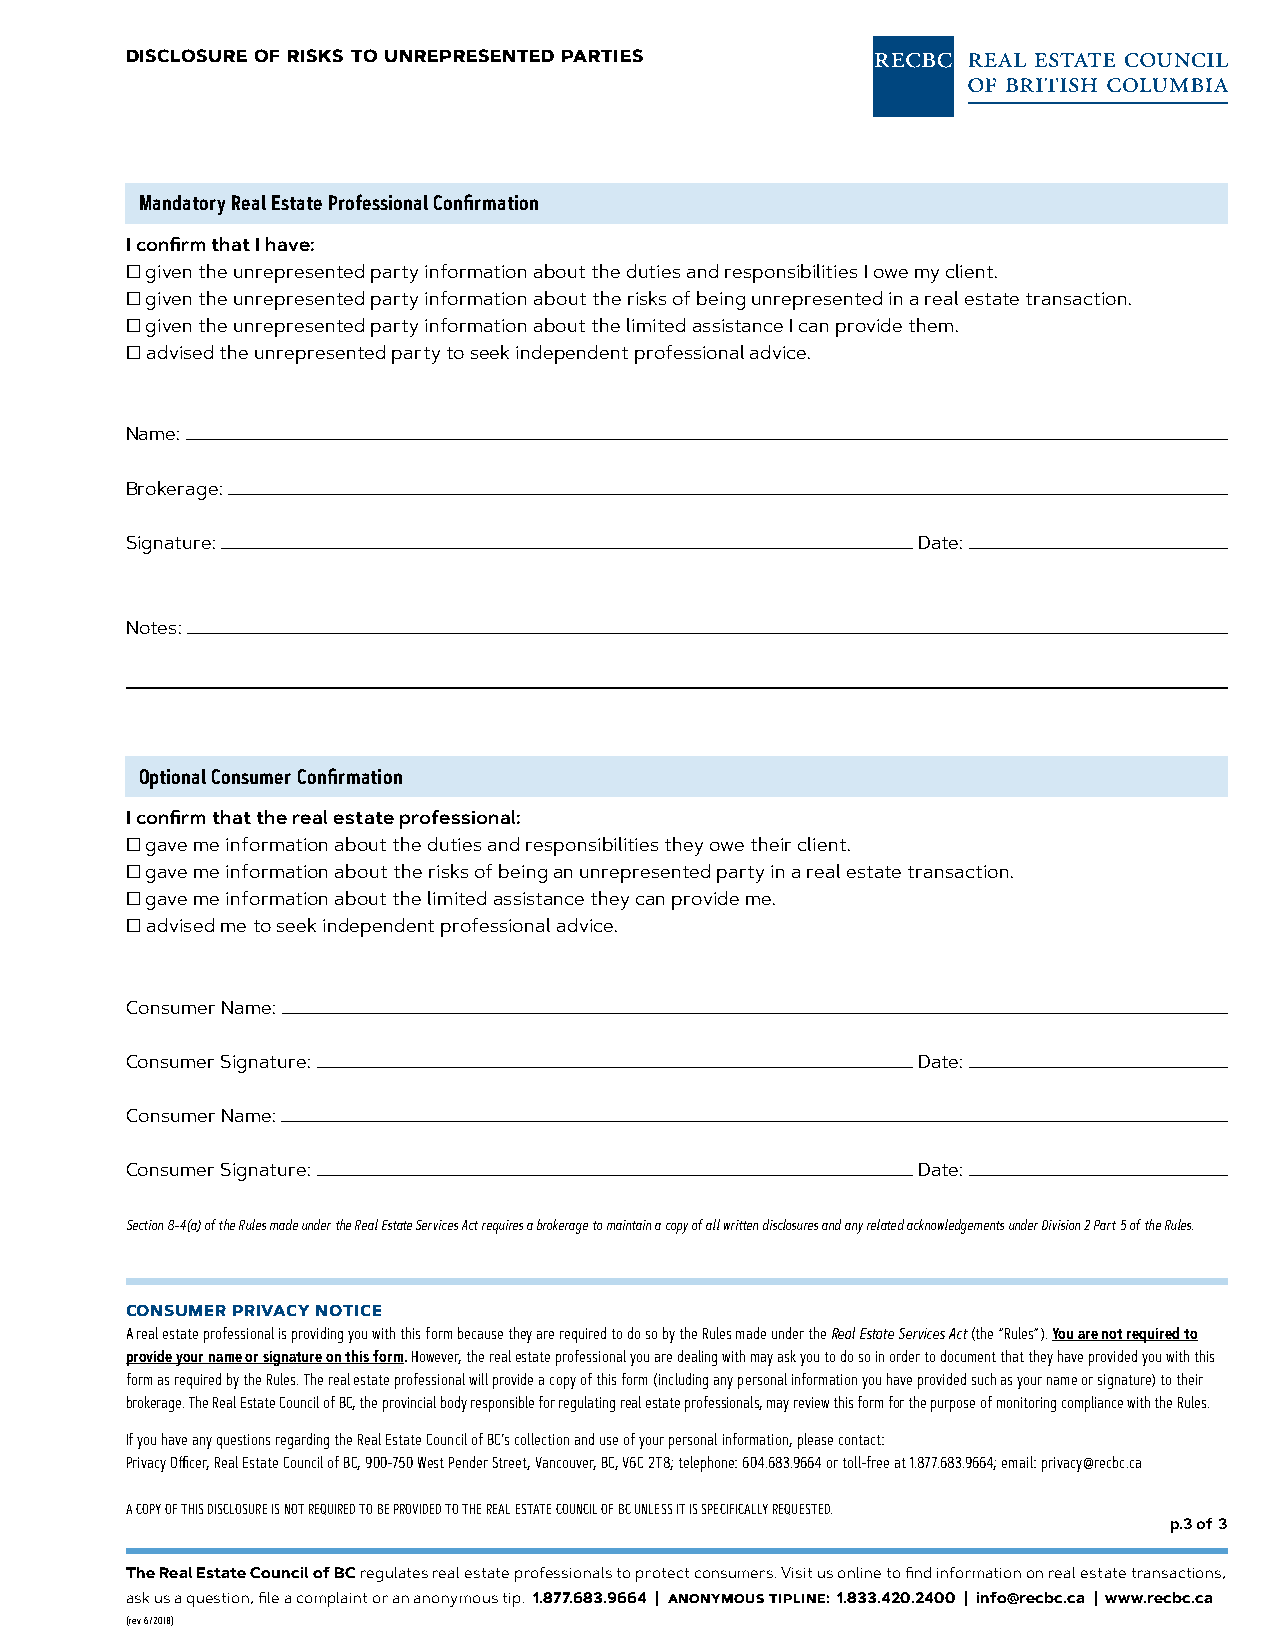
disclosure of risks to unrepresented parties
 Mandatory Real Estate Professional Confirmation
 I confirm that I have:
 □ given the unrepresented party information about the duties and responsibilities I owe my client.
 □ given the unrepresented party information about the risks of being unrepresented in a real estate transaction.
 □ given the unrepresented party information about the limited assistance I can provide them.
 □ advised the unrepresented party to seek independent professional advice.
 Name:
 Brokerage:
 Signature:                                           Date:
 Notes:
 Optional Consumer Confirmation
 I confirm that the real estate professional:
 □ gave me information about the duties and responsibilities they owe their client.
 □ gave me information about the risks of being an unrepresented party in a real estate transaction.
 □ gave me information about the limited assistance they can provide me.
 □ advised me to seek independent professional advice.
 Consumer Name:
 Consumer Signature:                                  Date:
 Consumer Name:
 Consumer Signature:                                  Date:
 Section 8-4(a) of the Rules made under the Real Estate Services Act requires a brokerage to maintain a copy of all written disclosures and any related acknowledgements under Division 2 Part 5 of the Rules.
 consumer privacy notice
 A real estate professional is providing you with this form because they are required to do so by the Rules made under the Real Estate Services Act (the “Rules”). You are not required to
 provide your name or signature on this form. However, the real estate professional you are dealing with may ask you to do so in order to document that they have provided you with this
 form as required by the Rules. The real estate professional will provide a copy of this form (including any personal information you have provided such as your name or signature) to their
 brokerage. The Real Estate Council of BC, the provincial body responsible for regulating real estate professionals, may review this form for the purpose of monitoring compliance with the Rules.
 If you have any questions regarding the Real Estate Council of BC’s collection and use of your personal information, please contact:
 Privacy Officer, Real Estate Council of BC, 900-750 West Pender Street, Vancouver, BC, V6C 2T8; telephone: 604.683.9664 or toll-free at 1.877.683.9664; email: privacy@recbc.ca
 A COPY OF THIS DISCLOSURE IS NOT REQUIRED TO BE PROVIDED TO THE REAL ESTATE COUNCIL OF BC UNLESS IT IS SPECIFICALLY REQUESTED.
 p.3 of 3
 The Real Estate Council of BC regulates real estate professionals to protect consumers. Visit us online to find information on real estate transactions,
 ask us a question, file a complaint or an anonymous tip. 1.877.683.9664 | anonymous tipline: 1.833.420.2400 | info@recbc.ca | www.recbc.ca
 (rev 6/2018)